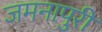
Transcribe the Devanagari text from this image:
जमनापुरी